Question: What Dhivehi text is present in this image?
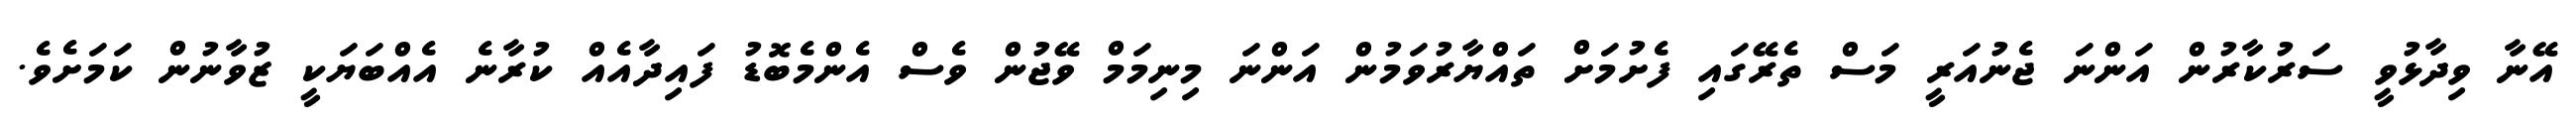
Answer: އޭނާ ވިދާޅުވީ ސަރުކާރުން އަންނަ ޖެނުއަރީ މަސް ތެރޭގައި ފެށުމަށް ތައްޔާރުވަމުން އަންނަ މިނިމަމް ވޭޖުން ވެސް އެންމެބޮޑު ފައިދާއެއް ކުރާނެ އެއްބަޔަކީ ޒުވާނުން ކަމަށެވެ.